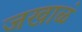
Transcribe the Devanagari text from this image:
जखाळं